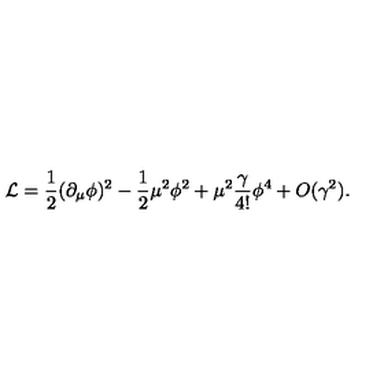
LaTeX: { \cal { L } } = \frac { 1 } { 2 } ( \partial _ { \mu } \phi ) ^ { 2 } - \frac { 1 } { 2 } \mu ^ { 2 } \phi ^ { 2 } + \mu ^ { 2 } \frac { \gamma } { 4 ! } \phi ^ { 4 } + O ( \gamma ^ { 2 } ) .